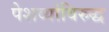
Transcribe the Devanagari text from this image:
पेशव्यांविरुद्ध